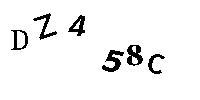
DZ458C